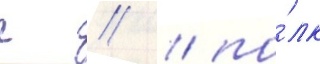
г // / по́лк